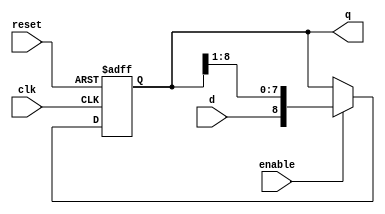
`timescale 1ns / 1ps
//////////////////////////////////////////////////////////////////////////////////
// Company: ITES0
// 
//////////////////////////////////////////////////////////////////////////////////
module shift_register_er(
    input clk,
    input reset,
    input enable,
    input d,
    output reg [8:0] q
    );


always @(posedge reset, posedge clk)
	begin
		if (reset)
			q <= 0;
		else
			if (enable)
				q[8:0]<= {d,q[8:1]};
	end
	

endmodule